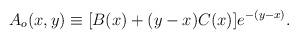
LaTeX: \begin{align*}A_o(x,y)\equiv[B(x)+(y-x)C(x)]e^{-(y-x)}.\end{align*}